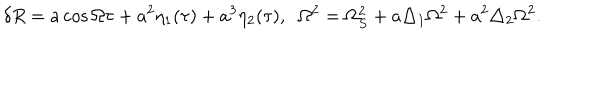
\delta R = a \cos \Omega \tau + a ^ { 2 } \eta _ { 1 } ( \tau ) + a ^ { 3 } \eta _ { 2 } ( \tau ) , \; \; \Omega ^ { 2 } = \Omega _ { S } ^ { 2 } + a \triangle _ { 1 } \Omega ^ { 2 } + a ^ { 2 } \triangle _ { 2 } \Omega ^ { 2 } .